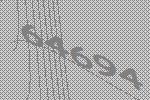
64694